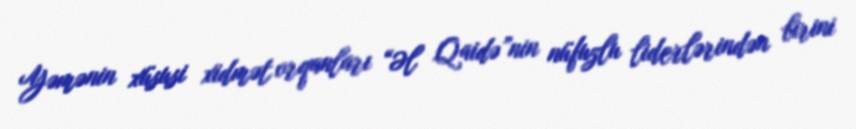
Yəmənin xüsusi xidmət orqanları “Əl Qaidə”nin nüfuzlu liderlərindən birini